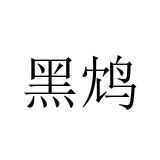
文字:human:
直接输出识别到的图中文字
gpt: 黑鸩